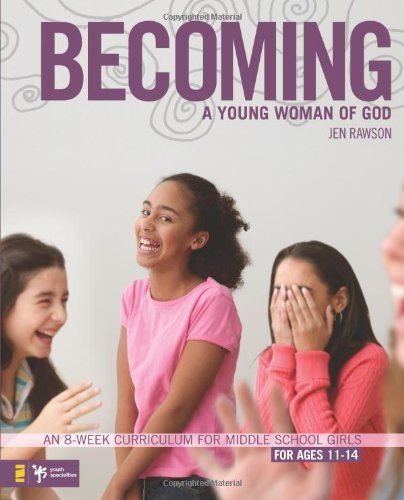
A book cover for Becoming a Young Woman of God: An 8-Week Curriculum for Middle School Girls (Youth Specialties); Jen Rawson; Parenting & Relationships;